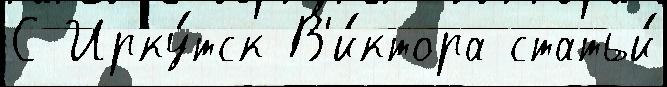
С Ирку́тск В'и́ктора статьи́